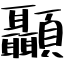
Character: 顳